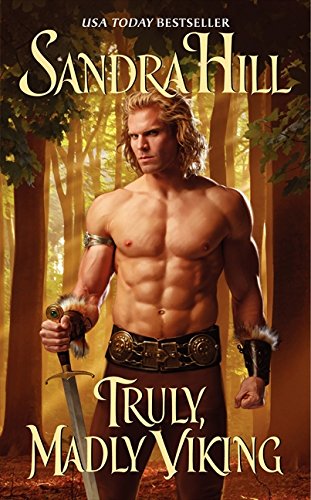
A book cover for Truly, Madly Viking (Viking II); Sandra Hill; Romance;